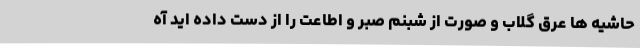
حاشیه ها عرق گلاب و صورت از شبنم صبر و اطاعت را از دست داده اید آه